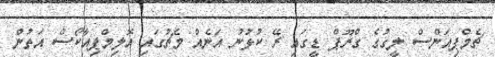
ޗެމްޕިއަންސް ލީގުގެ ގްރޫޕް ޑީގައި ރޭ ކުޅުނު އަނެއް މެޗުގައި އޮލިމްޕިއާކޯސް އަތުން